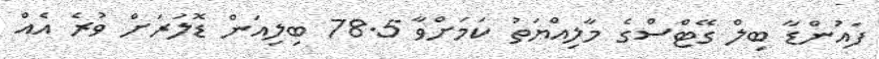
ފައުންޑާ ބިލް ގޭޓްސްގެ މާލިއްޔަތު ކަމަށްވާ 78.5 ބިލިއަން ޑޮލަރަށް ވުރެ އެއް